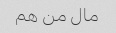
مال من هم